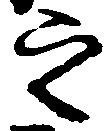
之